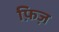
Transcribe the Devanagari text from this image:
फ़िज़